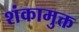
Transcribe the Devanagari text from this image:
शंकामुक्त